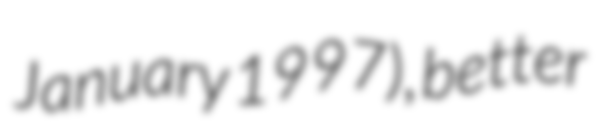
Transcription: January 1997), better